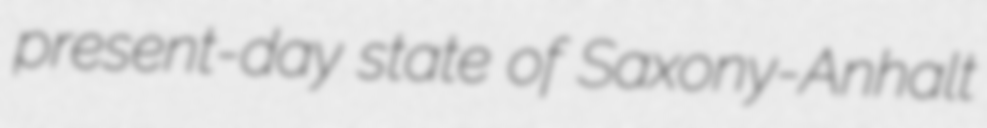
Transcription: present-day state of Saxony-Anhalt